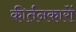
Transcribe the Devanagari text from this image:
कीर्तनकारों